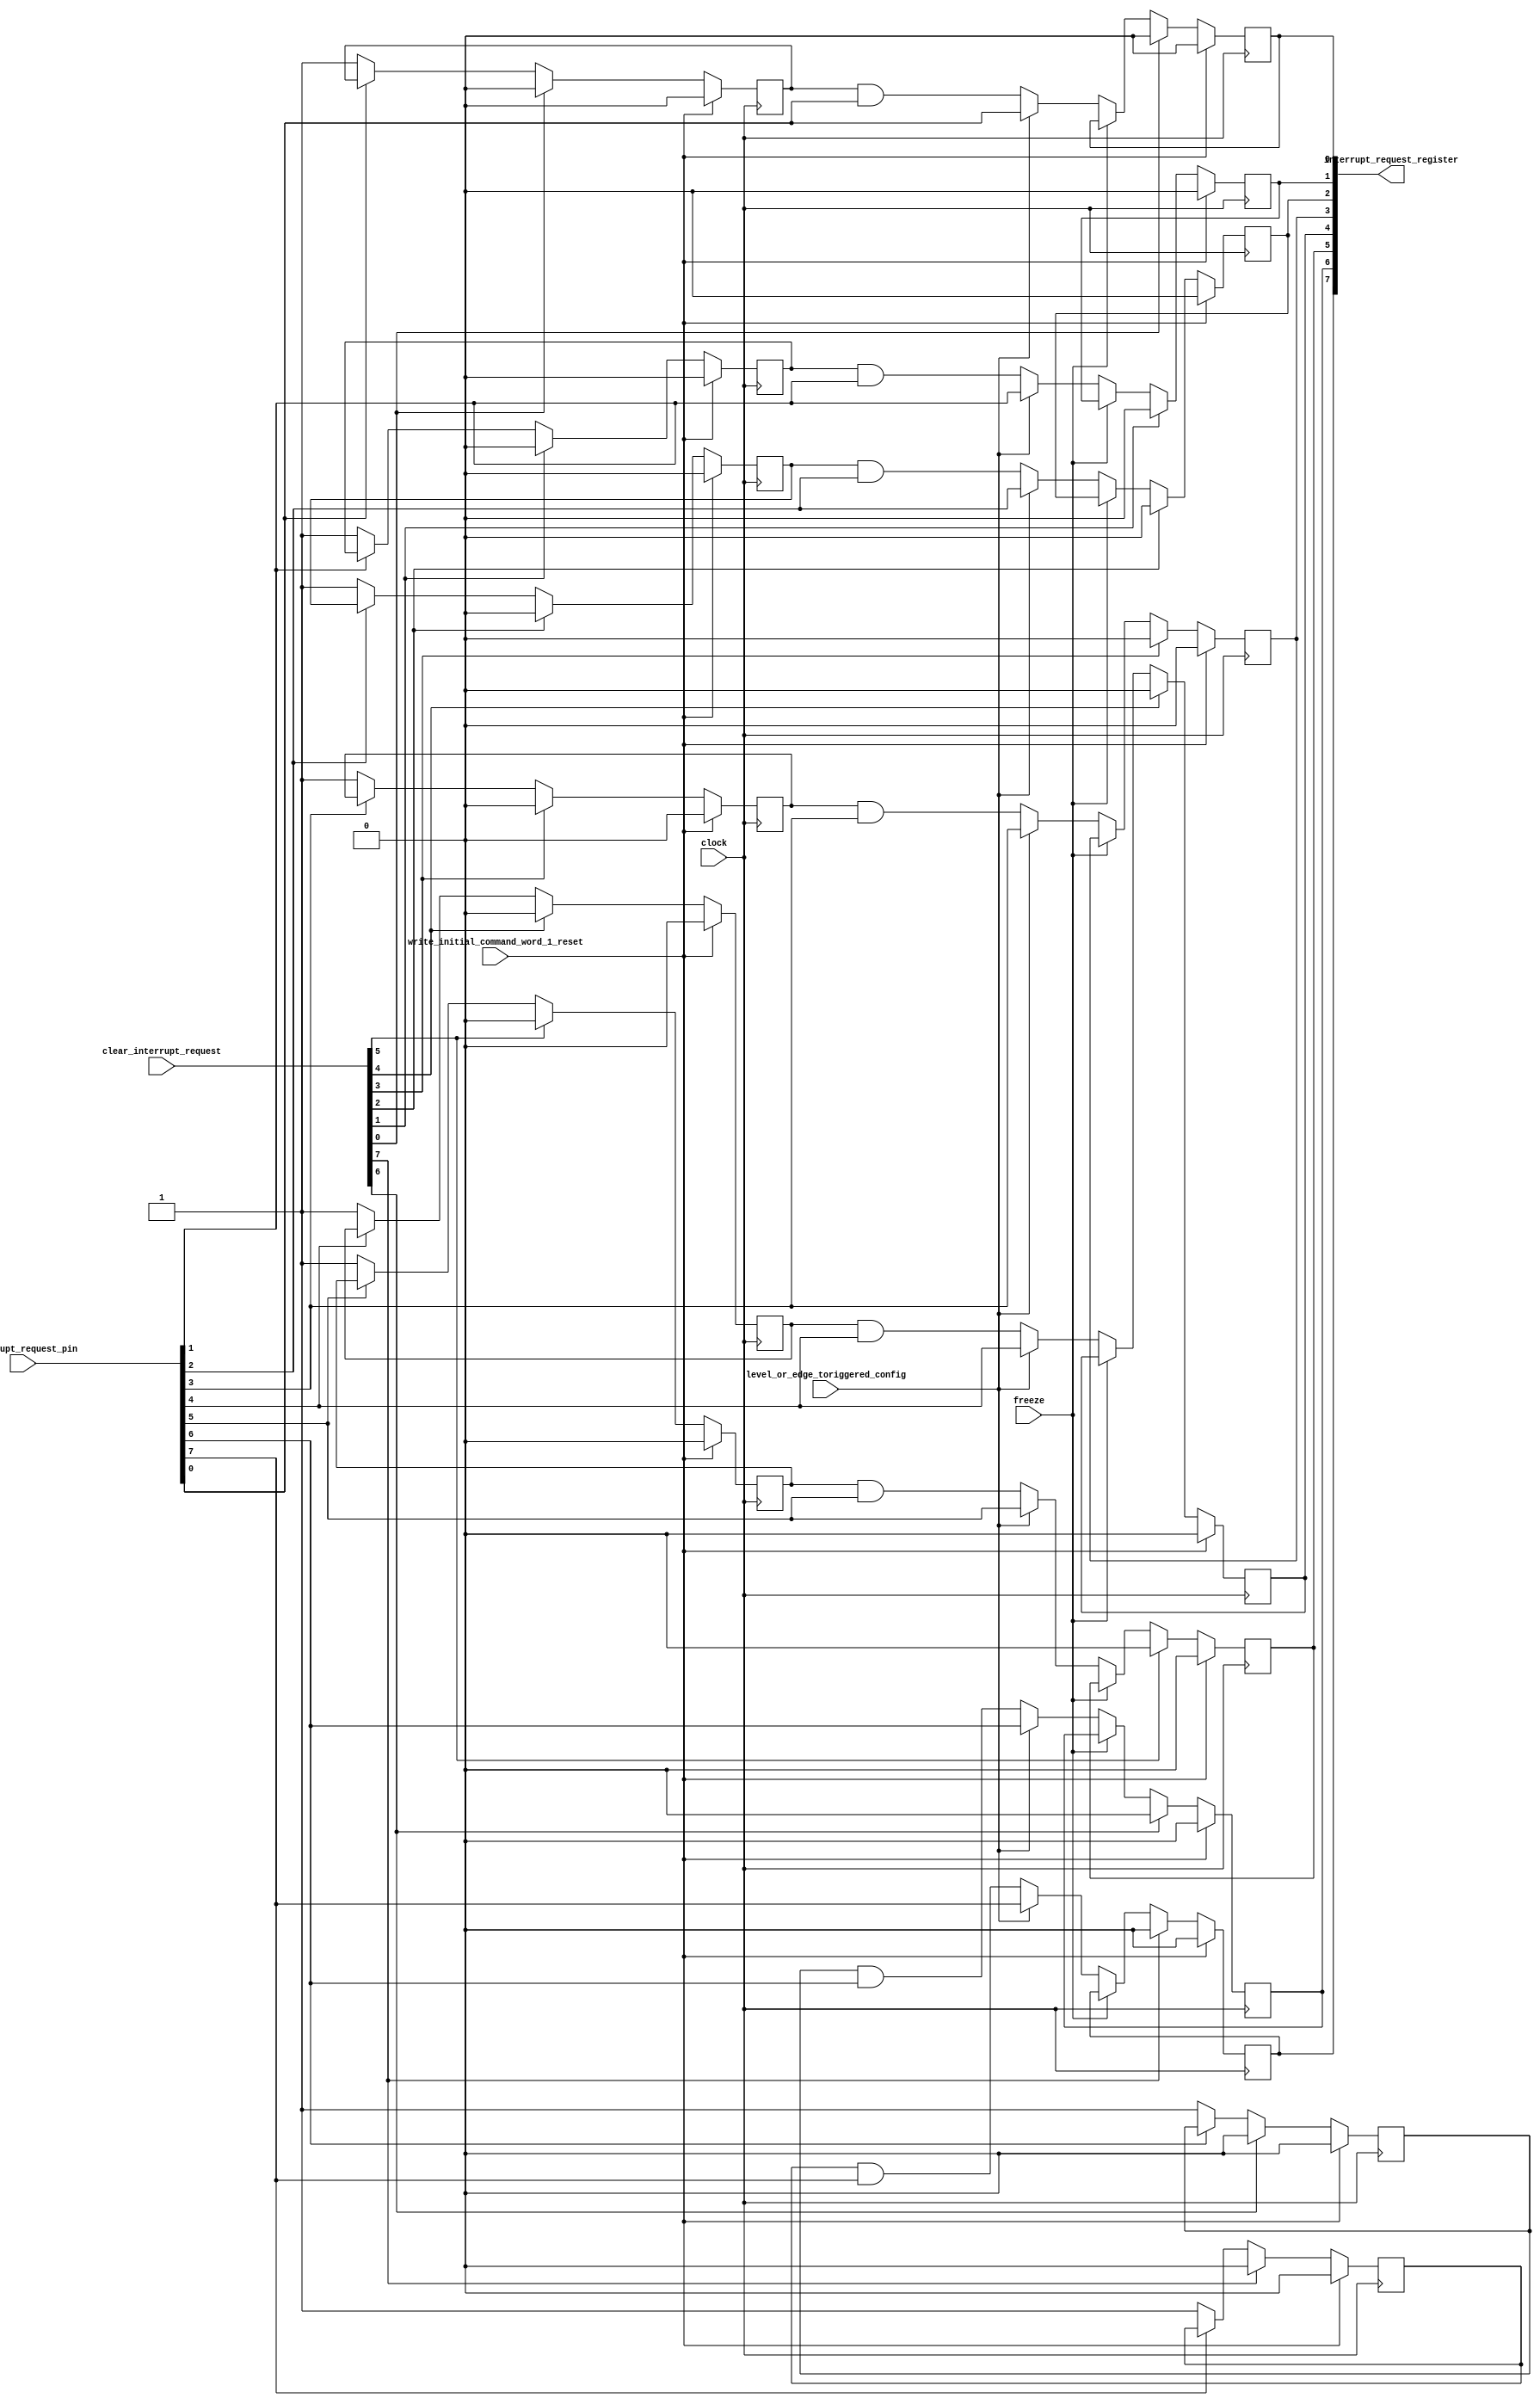
module int_req (
	clock,
	write_initial_command_word_1_reset,
	level_or_edge_toriggered_config,
	freeze,
	clear_interrupt_request,
	interrupt_request_pin,
	interrupt_request_register );

	input wire clock;
	input wire write_initial_command_word_1_reset;

	input wire level_or_edge_toriggered_config;
	input wire freeze;
	input wire [7:0] clear_interrupt_request;
	input wire [7:0] interrupt_request_pin;

	output reg [7:0] interrupt_request_register;

	reg [7:0] low_input_latch;
	wire [7:0] interrupt_request_edge;

	genvar _gv_ir_bit_no_1;

	generate
		for (_gv_ir_bit_no_1 = 0; _gv_ir_bit_no_1 <= 7; _gv_ir_bit_no_1 = _gv_ir_bit_no_1 + 1) begin : Request_Latch
			localparam ir_bit_no = _gv_ir_bit_no_1;
			always @(negedge clock)
				if (write_initial_command_word_1_reset)
					low_input_latch[ir_bit_no] <= 1'b0;
				else if (clear_interrupt_request[ir_bit_no])
					low_input_latch[ir_bit_no] <= 1'b0;
				else if (~interrupt_request_pin[ir_bit_no])
					low_input_latch[ir_bit_no] <= 1'b1;
				else
					low_input_latch[ir_bit_no] <= low_input_latch[ir_bit_no];

			assign interrupt_request_edge[ir_bit_no] = (low_input_latch[ir_bit_no] == 1'b1) & (interrupt_request_pin[ir_bit_no] == 1'b1);

			always @(negedge clock)
				if (write_initial_command_word_1_reset)
					interrupt_request_register[ir_bit_no] <= 1'b0;
				else if (clear_interrupt_request[ir_bit_no])
					interrupt_request_register[ir_bit_no] <= 1'b0;
				else if (freeze)
					interrupt_request_register[ir_bit_no] <= interrupt_request_register[ir_bit_no];
				else if (level_or_edge_toriggered_config)
					interrupt_request_register[ir_bit_no] <= interrupt_request_pin[ir_bit_no];
				else
					interrupt_request_register[ir_bit_no] <= interrupt_request_edge[ir_bit_no];
		end
	endgenerate
endmodule